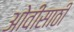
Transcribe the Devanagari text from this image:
ओवीसाठी